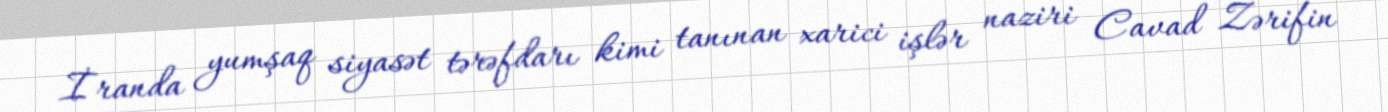
İranda yumşaq siyasət tərəfdarı kimi tanınan xarici işlər naziri Cavad Zərifin